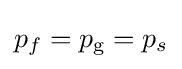
p_{f}=p_{\text{g}}=p_{s}